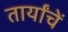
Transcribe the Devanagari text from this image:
तार्यांचें